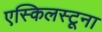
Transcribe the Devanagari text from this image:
एस्किलस्टूना